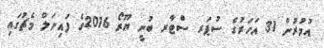
އުމުރުން 31 އަހަރުގެ ސުޕަރ ސްޓާރ ބުނީ ޔޫރޯ 2016ގެ ފައިނަލް މެޗުގައި